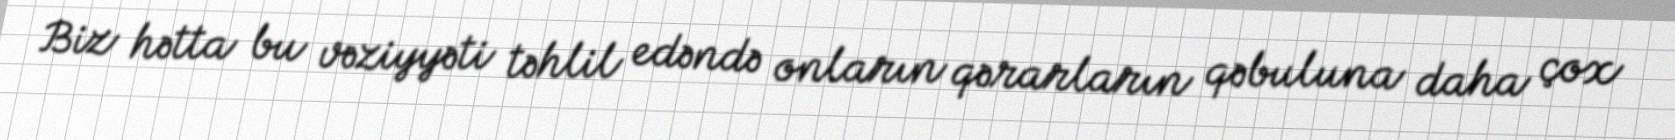
Biz hətta bu vəziyyəti təhlil edəndə onların qərarların qəbuluna daha çox